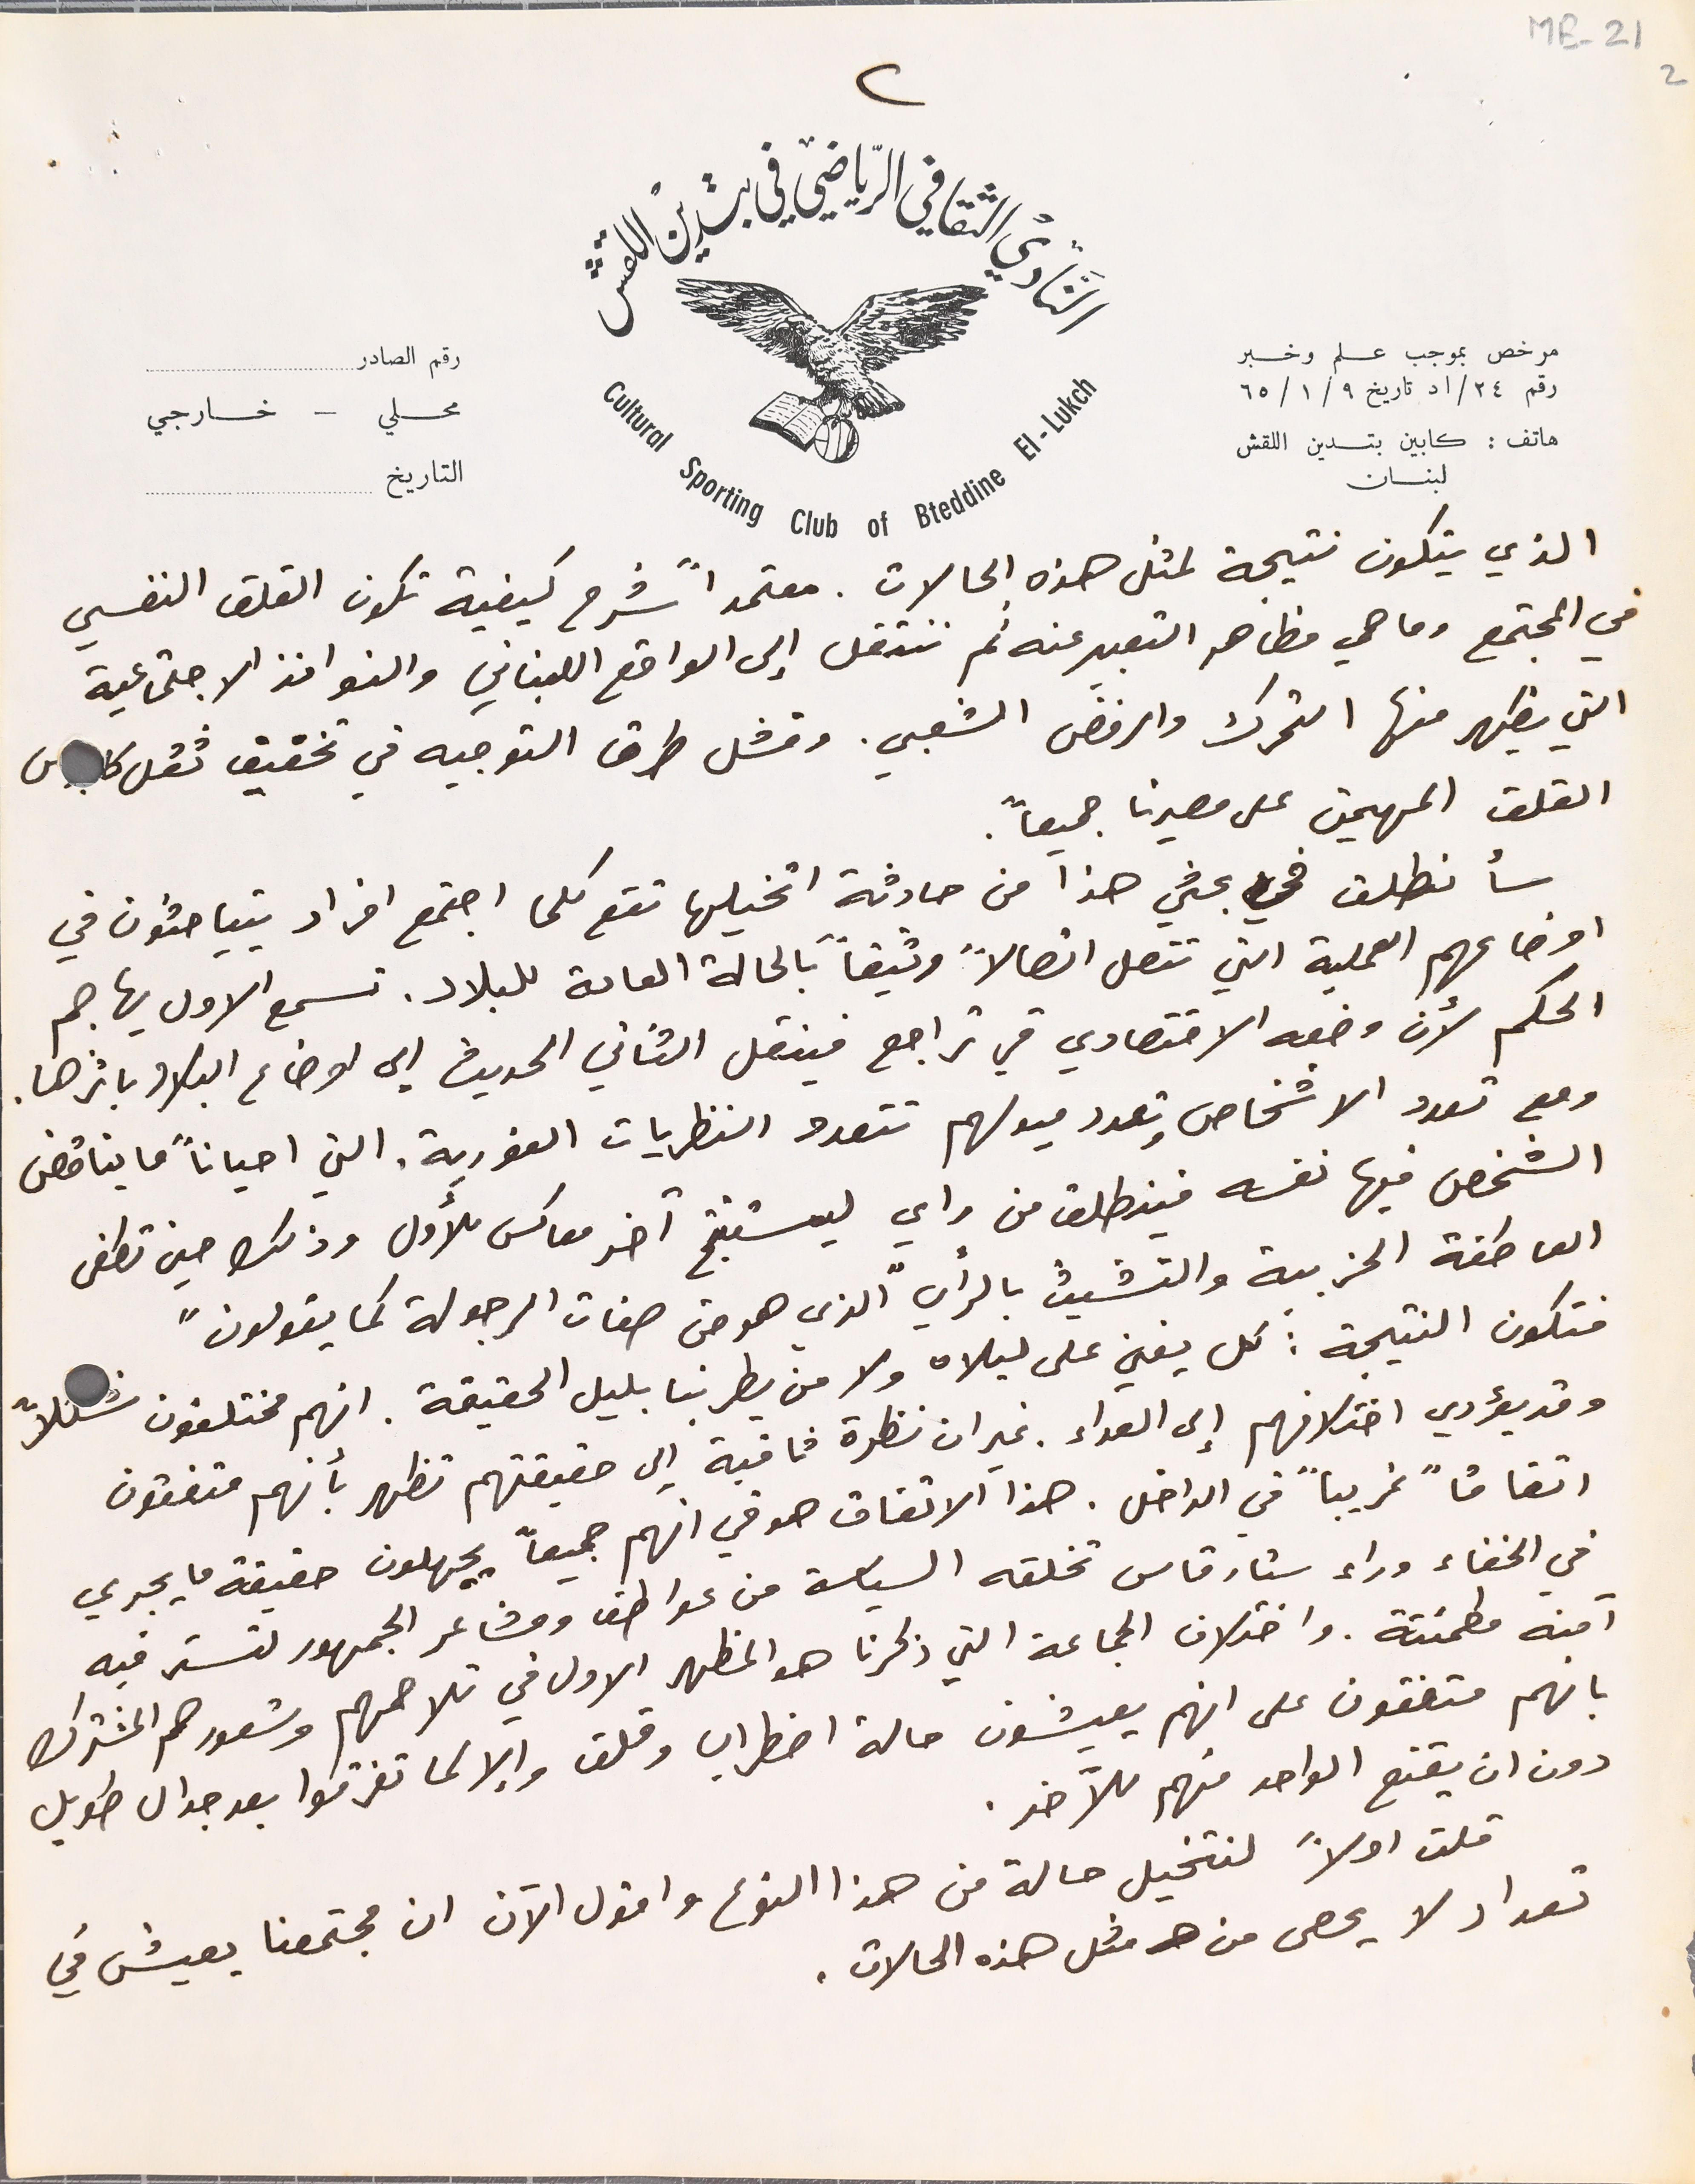
ME-
 221
الذي يتكون نتيجة لمثل هذه الحالات. معتمداً شرح كيفية تكون القلق النفسي
في المجتمع وما هي مظاهر التعبير عنه ثم ننتقل إلى الواقع اللبناني والنوافذ الاجتماعية
التي يظهر منها التحرك والرفض الشعبي. وفشل طرق التوجيه في تحقيق ثقل كاس
القلق المهيمن على مصيرنا جميعاً.
 سأنطلق في بحثي هذا من حادثة اتخليها تقع كلما اجتمع افراد يتباحثون في
 اوضاعهم العملية التي تتصل اتصالاً وثيقاً بالحالة العامة للبلاد. تسمع الاول يهاجم
 الحكم لأن وضعه الاقتصادي في تراجع فينقل الثاني الحديث الى اوضاع البلاد باثرها.
 ومع تعدد الاشخاص وتعدد ميولهم تتعدد النظريات الفورية. التي احياناً ما يناقض
الشخص فيها نفسه فينطلق من راي ليستنتج آخر معاكس للأول وذلك حين تطغى
العاطفة الحزبية والتشبث بالرأي " الذي هو من صفات الرجولة كما يقولون"
 فتكون النتيجة: كل يغني على ليلاه ولا من يطربنا بليل الحقيقة. انهم مختلفون شكلاً
 وقد يؤدي اختلافهم إلى العداء. غير ان نظرة ثاقبة الى حقيقتهم تظهر بأنهم متفقون
 اتفاقاً غريباً في الداخل. هذا الاتفاق هو في انهم جميعاً يجهلون حقيقة ما يجري
في الخفاء وراء ستار قاس تخلقه السياسة من عواطف ومشاعر الجمهور لتستر فيه
آمنه مطمئنة. واختلاف الجماعة التي ذكرنا هو المظهر الأول في تلاحمهم وشعورهم المشترك
بانهم متفقون على انهم يعيشون حالة اضطراب وقلق وإلا لما تفرقوا بعد جدال طويل
 دون ان يقنع الواحد منهم للآخر.
 قلت اولاً لنتخيل حالة من هذا النوع واقول الآن ان مجتمعنا يعيش في
تعداد لا يحصى من مثل هذه الحالات.
النَادي الثقافي الرياضي في بتدين اللقش
رقم الصادر
محلي – خارجي

التاريخ
مرخص بموجب علم وخبر رقم ٢٤/اد تاريخ ٩/ ١/ ٦٥
هاتف : كابين بتدين اللقش لبنان
٢